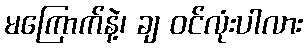
မကြောက်နဲ့၊ ချ ဝင်လုံးပါလား